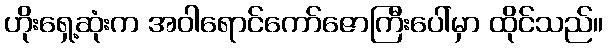
ဟိုးရှေ့ဆုံးက အဝါရောင်ကော်ဇောကြီးပေါ်မှာ ထိုင်သည်။